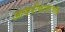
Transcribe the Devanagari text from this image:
आयपीफायरवॉल